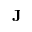
\textbf { J }